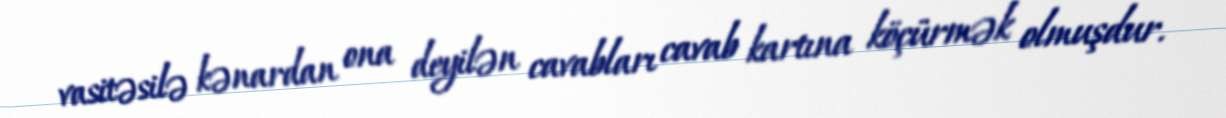
vasitəsilə kənardan ona deyilən cavabları cavab kartına köçürmək olmuşdur.